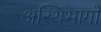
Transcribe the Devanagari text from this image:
अस्थिभागों